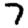
Digit: 7